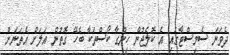
ދެވަނަ ސެމިސްޓާގައި އެ ކޮލެޖުން ހިންގާ ކޯސްތަކާ ބެހޭ ގޮތުން އަލަށް އެތަނަށް